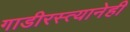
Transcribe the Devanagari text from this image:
गाडीरस्त्यानेही